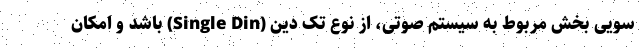
سویی بخش مربوط به سیستم صوتی، از نوع تک دین (Single Din) باشد و امکان